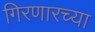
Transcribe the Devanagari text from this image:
गिरणारच्या